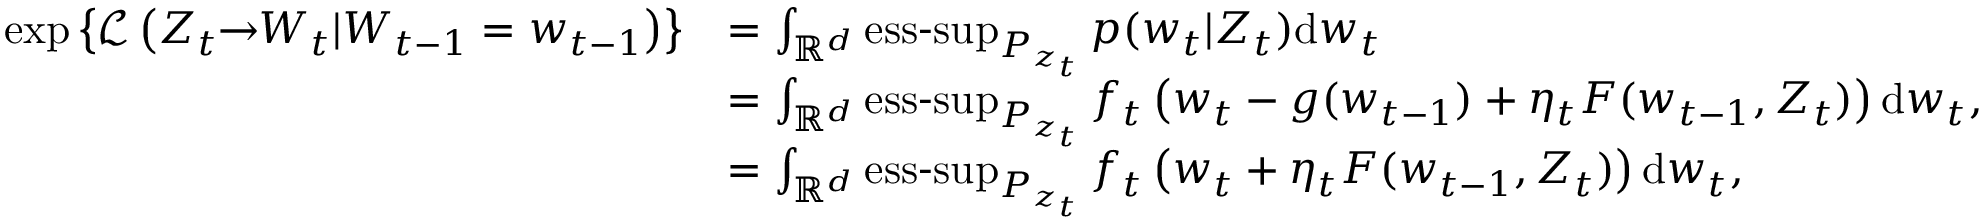
\begin{array} { r l } { \exp \left\lbrace \mathcal { L } \left( Z _ { t } \! \! \to \! \! W _ { t } | W _ { t - 1 } = w _ { t - 1 } \right) \right\rbrace } & { = \int _ { \mathbb { R } ^ { d } } \operatornamewithlimits { e s s - s u p } _ { P _ { z _ { t } } } p ( w _ { t } | Z _ { t } ) \mathrm { d } w _ { t } } \\ & { = \int _ { \mathbb { R } ^ { d } } \operatornamewithlimits { e s s - s u p } _ { P _ { z _ { t } } } f _ { t } \left( w _ { t } - g ( w _ { t - 1 } ) + \eta _ { t } F ( w _ { t - 1 } , Z _ { t } ) \right) \mathrm { d } w _ { t } , } \\ & { = \int _ { \mathbb { R } ^ { d } } \operatornamewithlimits { e s s - s u p } _ { P _ { z _ { t } } } f _ { t } \left( w _ { t } + \eta _ { t } F ( w _ { t - 1 } , Z _ { t } ) \right) \mathrm { d } w _ { t } , } \end{array}